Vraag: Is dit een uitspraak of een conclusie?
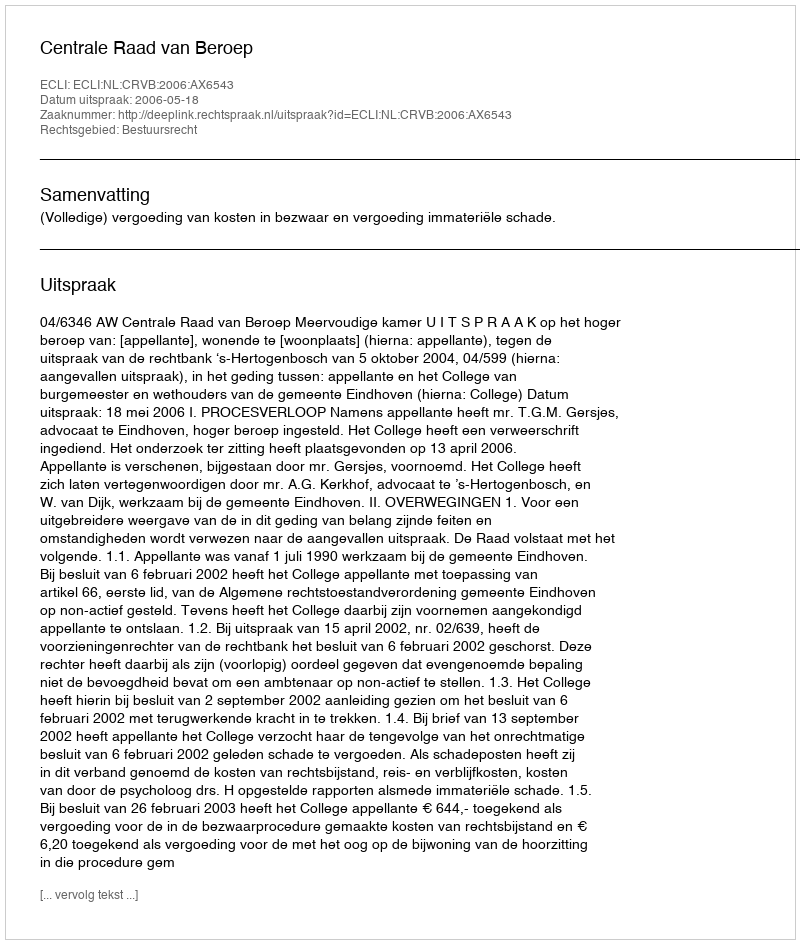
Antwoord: Uitspraak